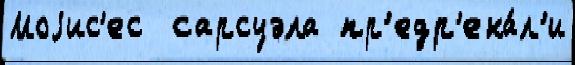
Моjис'ес  сарсуэла пр'едр'ека́л'и